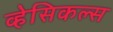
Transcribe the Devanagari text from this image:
व्हेसिकल्स